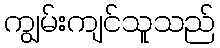
ကျွမ်းကျင်သူသည်